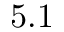
5 . 1